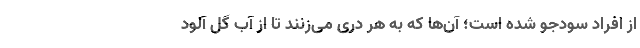
از افراد سودجو شده است؛ آن‌ها که به هر دری می‌زنند تا از آب گل آلود